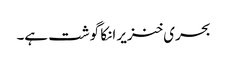
بحری خنزیر انکا گوشت ہے۔